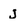
Character: J